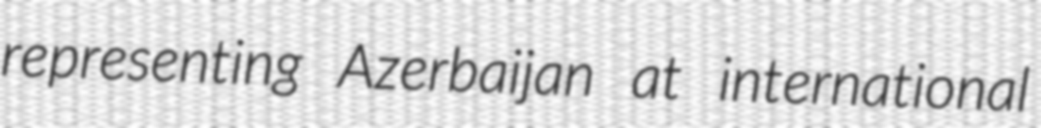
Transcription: representing Azerbaijan at international